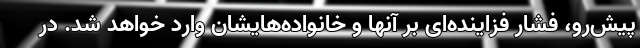
پیش‌رو، فشار فزاینده‌ای بر آنها و خانواده‌هایشان وارد خواهد شد. در